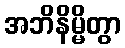
အဘိနိမ္မိတွာ